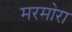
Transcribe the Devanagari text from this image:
मरमोरा